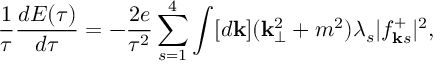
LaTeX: { \frac { 1 } { \tau } } { \frac { d E ( \tau ) } { d \tau } } = - { \frac { 2 e } { \tau ^ { 2 } } } \sum _ { s = 1 } ^ { 4 } \int [ d { \bf k } ] ( { \bf k } _ { \perp } ^ { 2 } + m ^ { 2 } ) \lambda _ { s } \vert f _ { { \bf k } s } ^ { + } \vert ^ { 2 } ,